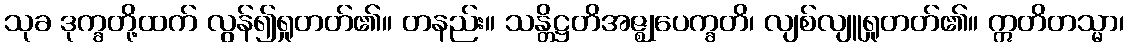
သုခ ဒုက္ခတို့ထက် လွန်၍ရှုတတ်၏။ တနည်း။ သန္တိဋ္ဌတိအဇ္ဈုပေက္ခတိ၊ လျစ်လျူရှုတတ်၏။ ဣတိတသ္မာ၊